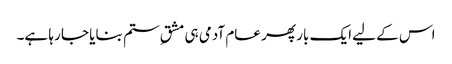
اس کے لیے ایک بار پھر عام آدمی ہی مشقِ ستم بنایا جا رہا ہے۔